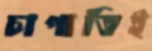
চাপাতিই